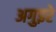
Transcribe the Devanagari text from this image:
अगुइरे